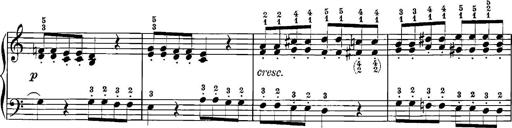
Title: 12 Sonatinas
Composer: Ignaz Pleyel